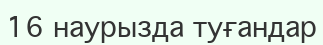
16 наурызда туғандар